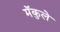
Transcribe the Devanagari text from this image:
मॅकुले